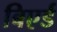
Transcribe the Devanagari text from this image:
बिएर्ड